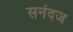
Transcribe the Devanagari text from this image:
सनंदज